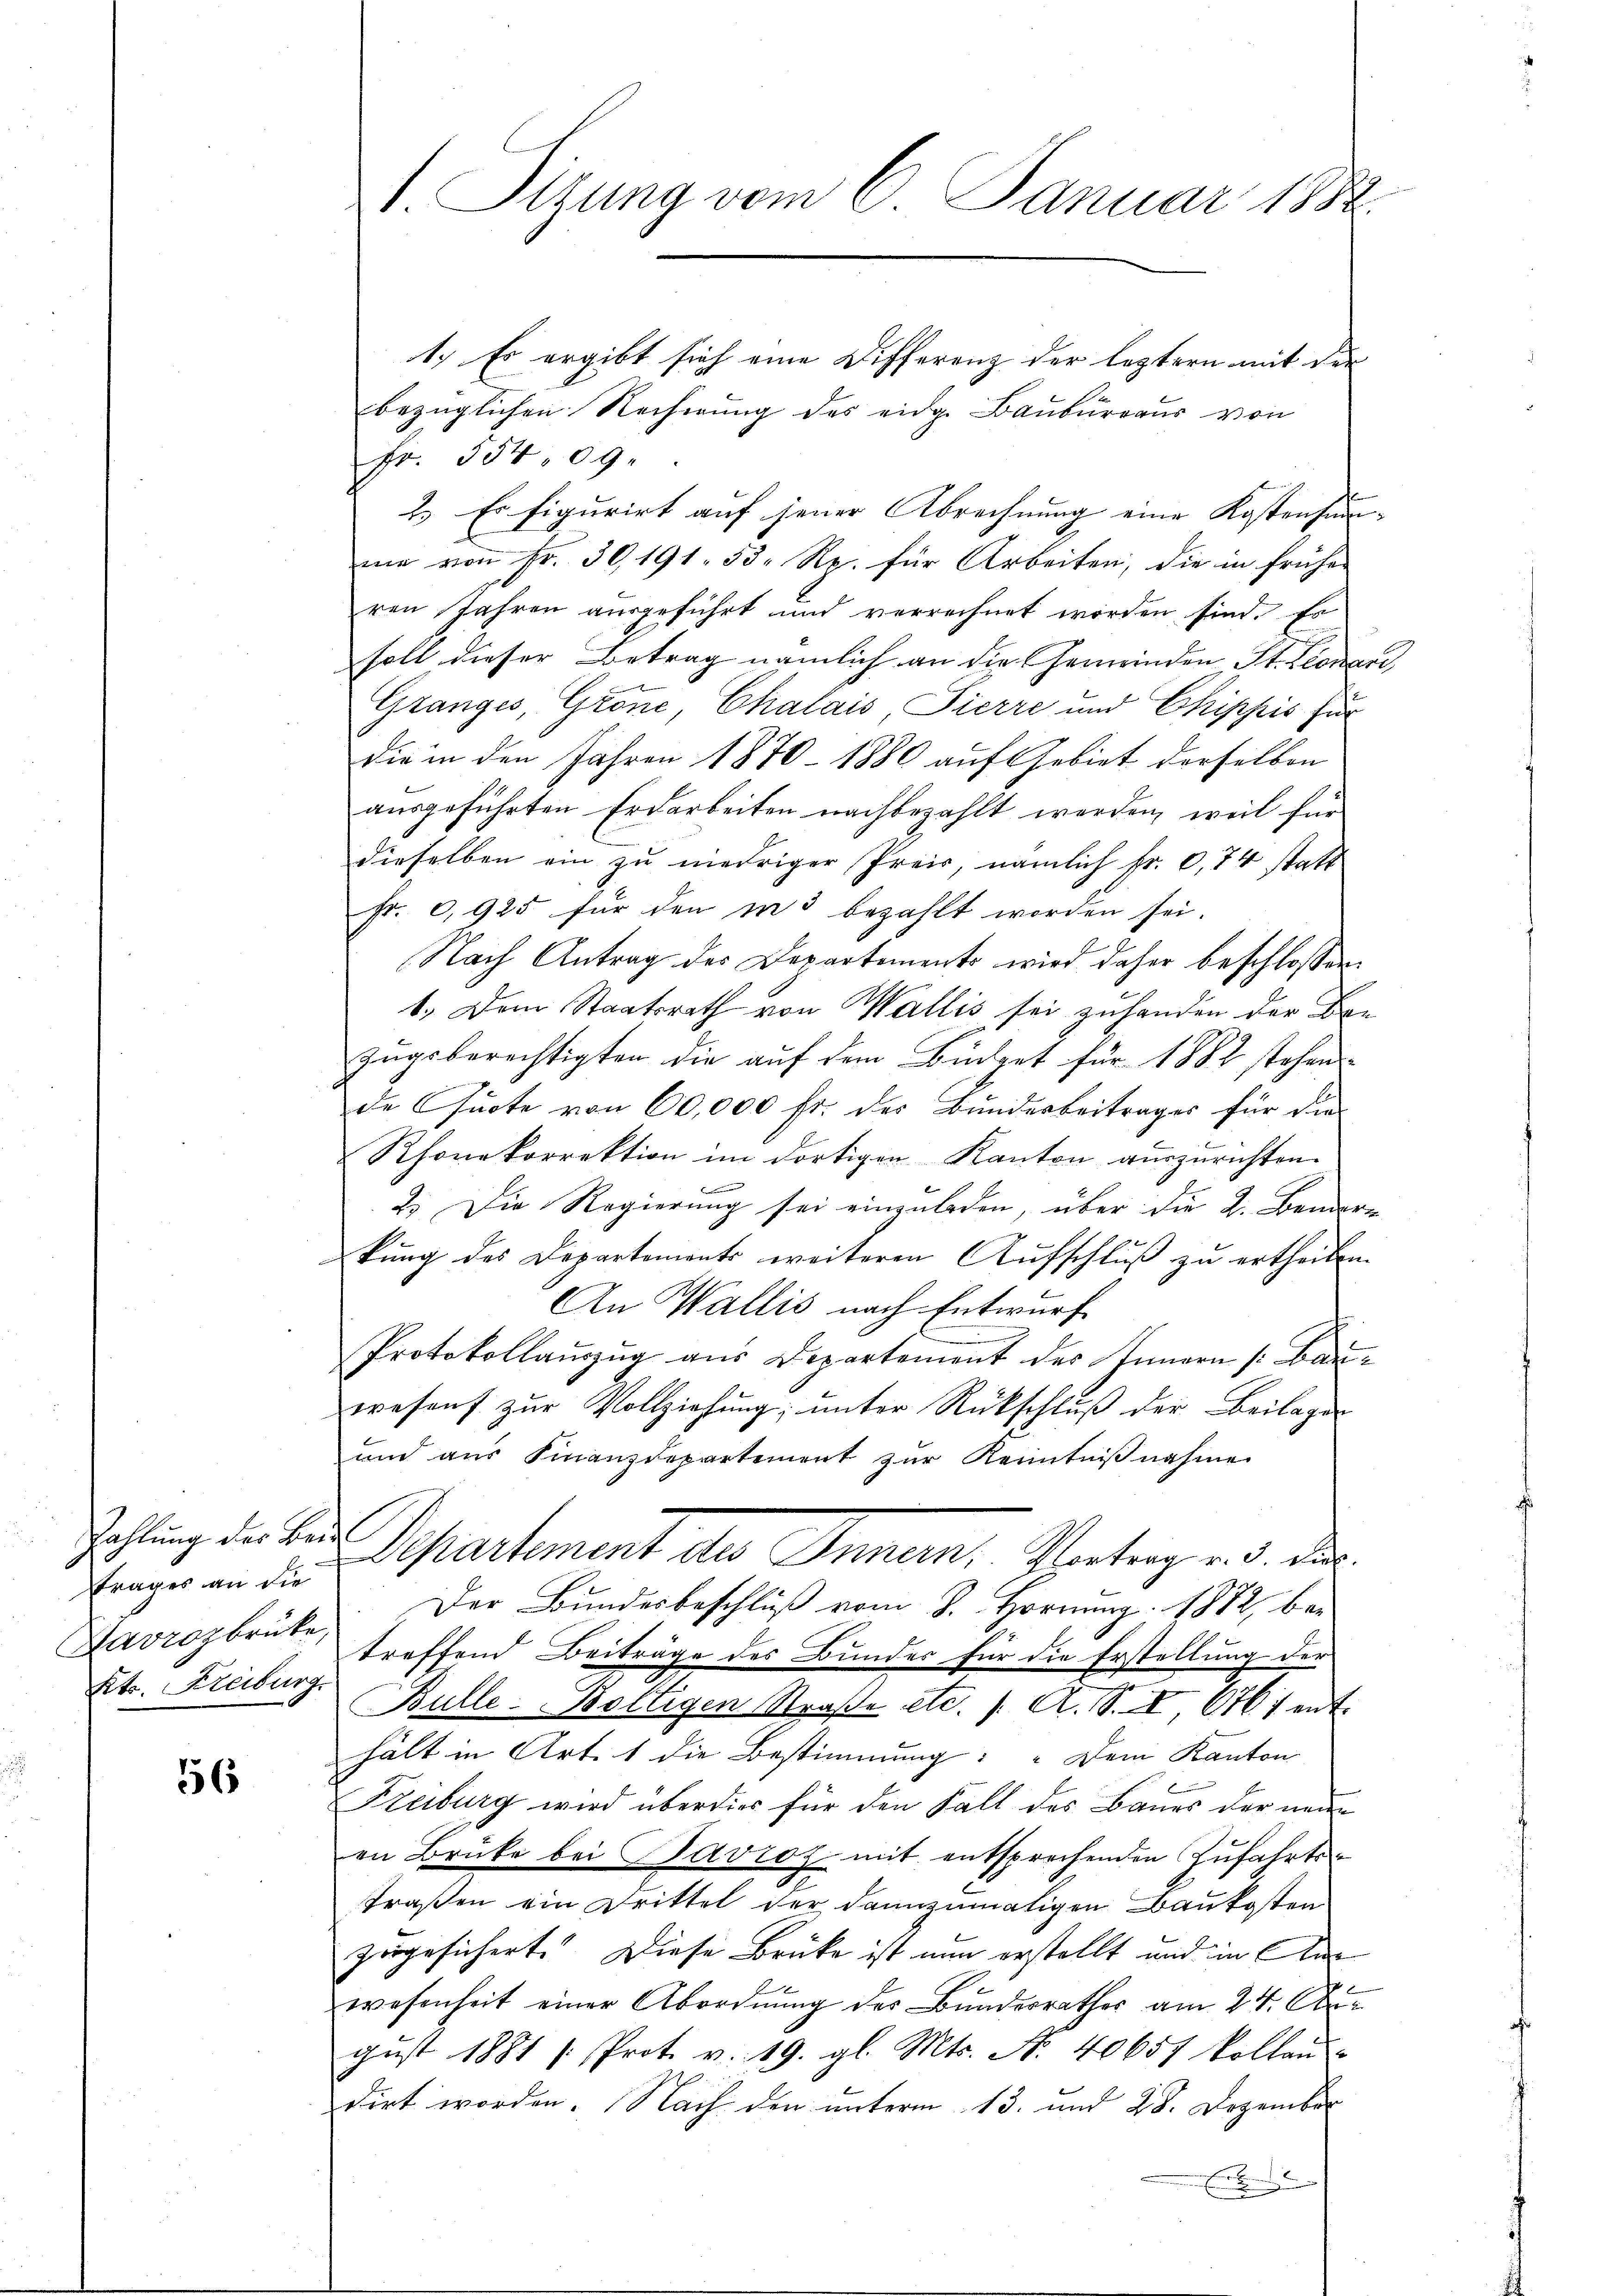
Zahlung des Beide
trages an die
Davrozbrüke,
Kts. Freiburg.

56

1.) Es ergibt sich eine Differenz der leztern mit der
bezüglichen Rechnung des eidg. Baubureaus von
Fr. 354,09.
2.) Es figurirt auf jener Abrechnung eine Kostensumme von Fr. 30, 191. 53 Rp. für Arbeiten, die in früher
ren Jahren ausgeführt und verrechnet worden sind. Es
soll dieser Betrag nämlich an die Gemeinden St. Leonari
Granges, Grone, Chalais Pierre und Chippis für
die in den Jahren 1870 - 1880 auf Gebiet derselben
ausgeführten Erdarbeiten nachbezahlt werden, weil für
dieselben ein zu niedriger Preis, nämlich Fr. 0,74 statt
fr. 0,925 für den in 3 bezahlt worden sei.
Nach Antrag des Departements wird daher beschlossen:
1.) Dem Staatsrath von Wallis sei zuhanden der Bee
zugsberechtigten die auf dem Büdget für 1882 stehen
de Quote von 60,000 fr. des Bundesbeitrages für die
Rhonekorrektion im dortigen Kanton auszurichten.
2.) Die Regierung sei einzuladen, über die 2. Bendre
rkung des Departements weiteren Aufschluß zu ertheilen.
An Wallis nach Entwurf
Protokollaŭszŭg aŭs Departement des Innern /: Barwesens zur Vollziehung; unter Rückschluß der Beilagen
und aŭs Finanzdepartement zŭr Kenntniβnahme
Separtement die Sinnen. Unterger de
Der Bundesbeschluß vom 8. Hornung 1872, be-
treffend Beiträge des Bunder für die Erstellung der
u
Bulle. Boltigen Straβe etc. 1. A. 1. II 6761 ent-
hält in Art. 1 die Bestimmung: „Dem Kanton
Freiburg wird überdies für den Fall des Baues der neue
en Brüke bei Bavroz mit entsprechenden Zufahrts-
traßen ein Drittel der dannzumaligen Baukosten
zogesichert. Diese Brüke ist nun erstellt und in An
wesenheit einer Abordnung des Bundesrathes am 24. Angust 1881 (Prot. v. 19. gl. Mts. N. 40657 kollaŭ
dirt worden. Nach den unterm 13. und 28. Dezember
.

1. Sizung vom 6. Januar 1884